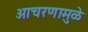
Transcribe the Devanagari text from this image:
आचरणामुळे